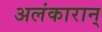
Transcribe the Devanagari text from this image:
अलंकारान्